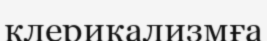
клерикализмға